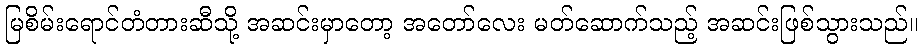
မြစိမ်းရောင်တံတားဆီသို့ အဆင်းမှာတော့ အတော်လေး မတ်ဆောက်သည့် အဆင်းဖြစ်သွားသည်။